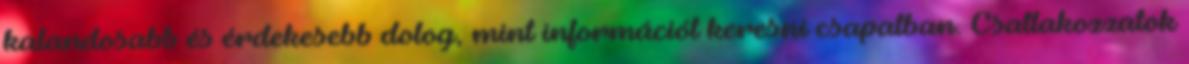
kalandosabb és érdekesebb dolog, mint információt keresni csapatban. Csatlakozzatok